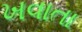
ખવાતા